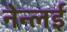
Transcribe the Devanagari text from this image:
नेन्लई